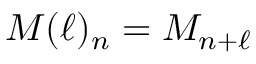
M ( \ell ) _ { n } = M _ { n + \ell }